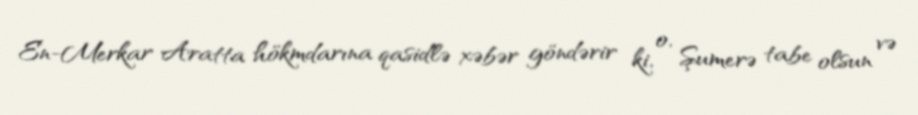
En-Merkar Aratta hökmdarına qasidlə xəbər göndərir ki, o, Şumerə tabe olsun və